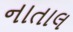
નાતાલ